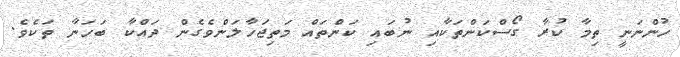
ހުންނަނީ ތިމާ ކުރާ ގޯސްކަންތަކާއި ނުބައި ކަންތައް މަތިޖަހާލަންވެގެން ދައްކާ ބަހަނާ ތަކެވެ.